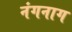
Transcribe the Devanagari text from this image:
नंगनाग